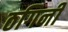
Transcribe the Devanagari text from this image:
ठगिनी